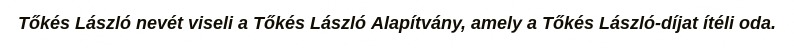
Tőkés László nevét viseli a Tőkés László Alapítvány, amely a Tőkés László-díjat ítéli oda.